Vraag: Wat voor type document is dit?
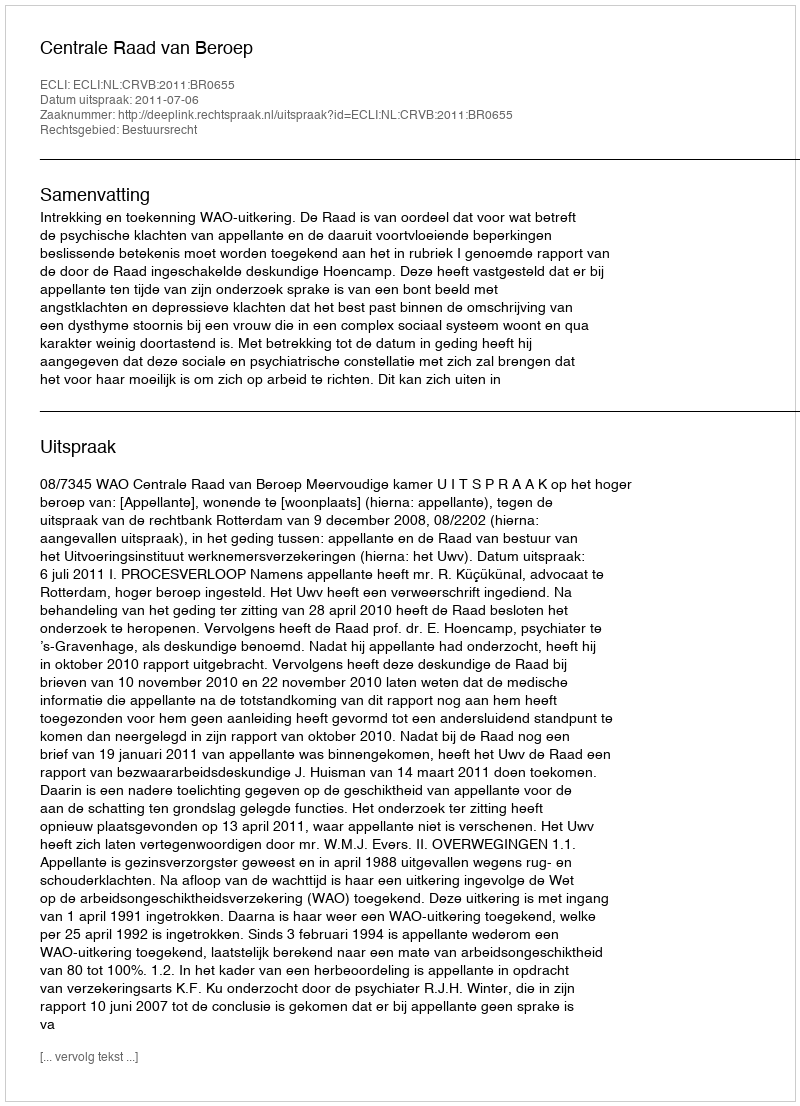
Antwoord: Uitspraak